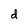
Character: d